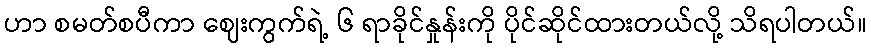
ဟာ စမတ်စပီကာ ဈေးကွက်ရဲ့ ၆ ရာခိုင်နှုန်းကို ပိုင်ဆိုင်ထားတယ်လို့ သိရပါတယ်။